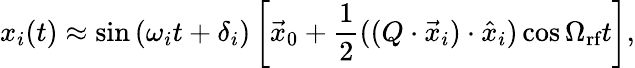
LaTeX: x_{i}(t)\approx\sin\left(\omega_{i}t+\delta_{i}\right)\left[\vec{x}_{0}+\frac{1}{2}((Q\cdot\vec{x}_{i})\cdot\hat{x}_{i})\cos\Omega_{\textrm{rf}}t\right],